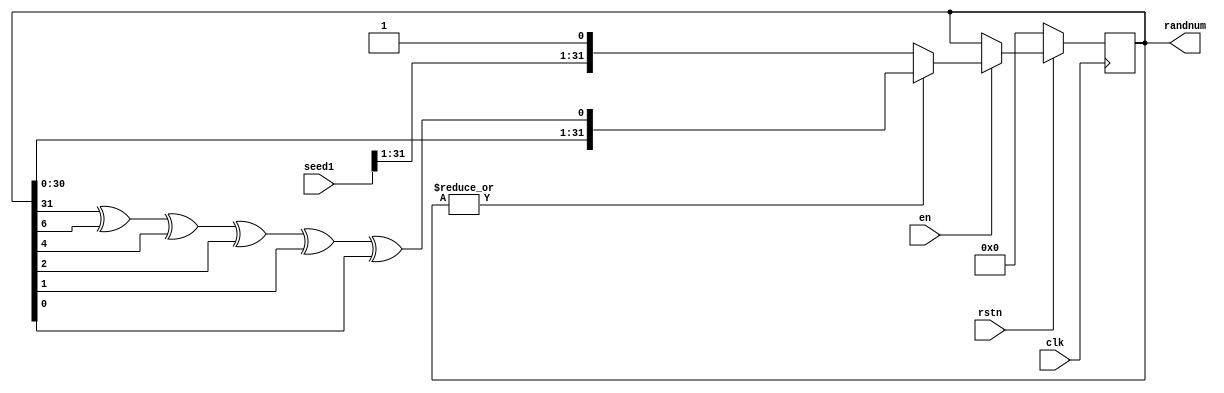
module Random(
    input en, clk, rstn,
    input [31:0] seed1,
    output reg [31:0] randnum
    );
    always @(posedge clk) begin
        if(!rstn)   randnum <= 32'b0;
        else if(en) begin
          if(|randnum)  randnum <= {randnum[30:0], ((((randnum[31] ^ randnum[6]) ^ randnum[4]) ^ randnum[2]) ^ randnum[1]) ^ randnum[0]};
          else          randnum <= {seed1[31:1],1'b1};
        end
    end
endmodule